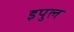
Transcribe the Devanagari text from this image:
इपुल